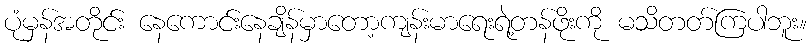
ပုံမှန်အတိုင်း နေကောင်းနေချိန်မှာတော့ကျန်းမာရေးရဲ့တန်ဖိုးကို မသိတတ်ကြပါဘူး။